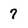
Character: 7